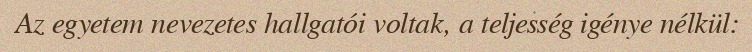
Az egyetem nevezetes hallgatói voltak, a teljesség igénye nélkül: